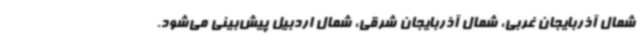
شمال آذربایجان غربی، شمال آذربایجان شرقی، شمال اردبیل پیش‌بینی می‌شود.